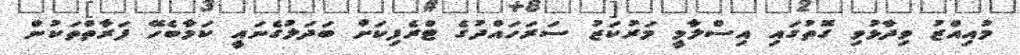
މުއިއްޒު ވިދާޅުވި ގޮތުގައި އިސްލާމީ މަރުކަޒު ސަރަހައްދުގެ ޓްރެފިކަށް ބަދަލުގެނައީ ކަމާބެހޭ ފަރާތްތަކުން